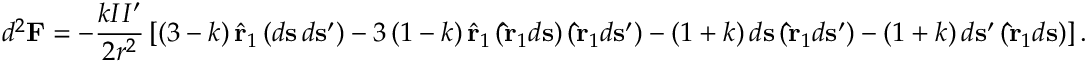
d ^ { 2 } \mathbf { F } = - { \frac { k I I ^ { \prime } } { 2 r ^ { 2 } } } \left[ \left( 3 - k \right) { \hat { \mathbf { r } } } _ { 1 } \left( d \mathbf { s } \, d \mathbf { s } ^ { \prime } \right) - 3 \left( 1 - k \right) { \hat { \mathbf { r } } } _ { 1 } \left( \mathbf { \hat { r } } _ { 1 } d \mathbf { s } \right) \left( \mathbf { \hat { r } } _ { 1 } d \mathbf { s } ^ { \prime } \right) - \left( 1 + k \right) d \mathbf { s } \left( \mathbf { \hat { r } } _ { 1 } d \mathbf { s } ^ { \prime } \right) - \left( 1 + k \right) d \mathbf { s } ^ { \prime } \left( \mathbf { \hat { r } } _ { 1 } d \mathbf { s } \right) \right] .